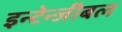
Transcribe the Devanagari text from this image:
इन्टेन्जीबल